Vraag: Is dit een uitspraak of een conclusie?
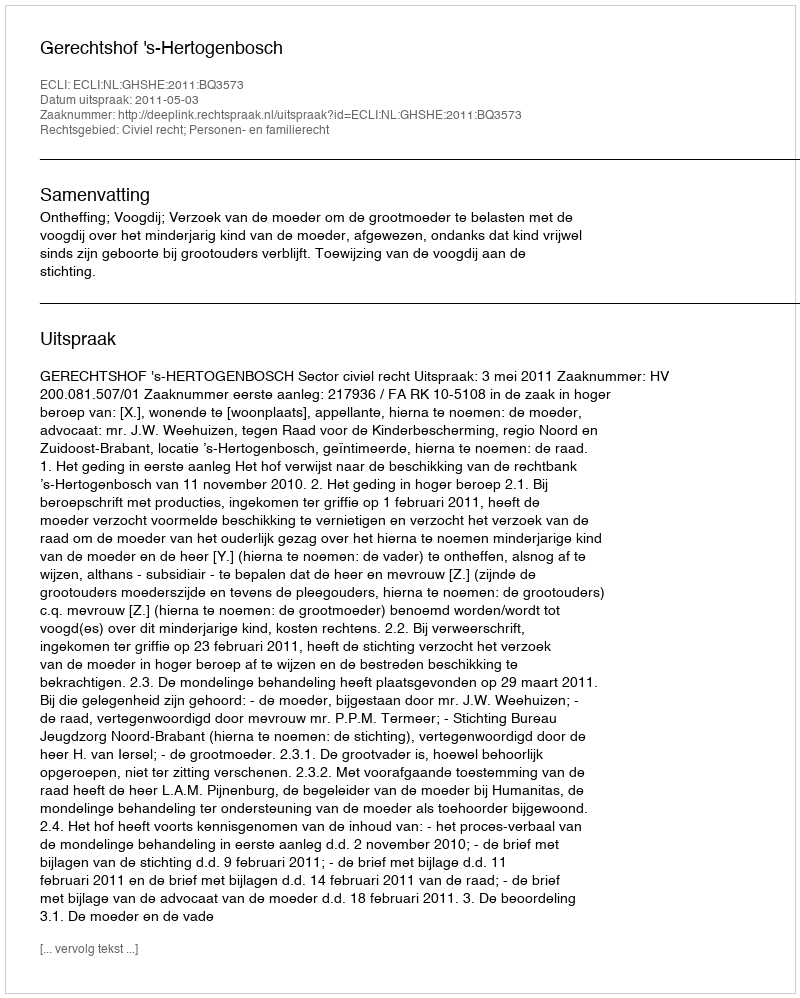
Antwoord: Uitspraak